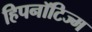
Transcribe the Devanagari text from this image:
हिपनॉटिज्म